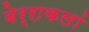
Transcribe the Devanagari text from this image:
बेर्राकलां